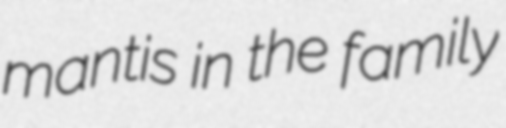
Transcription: mantis in the family